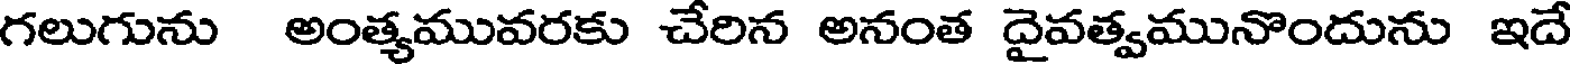
గలుగును అంత్యమువరకు చేరిన అనంత దైవత్వమునొందును ఇదే